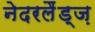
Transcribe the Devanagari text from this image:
नेदरलैंड्ज़